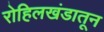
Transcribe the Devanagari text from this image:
रोहिलखंडातून